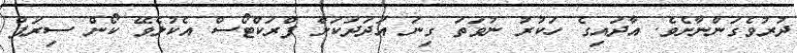
ދުރުވެގަންނާށެވެ. އާދައިގެ ހަކުރު ނުވަތަ ގިނަ އަދަދަކަށް ފްރަކްޓޯސް އެކުލެވޭ ކޯން ސިރަޕް